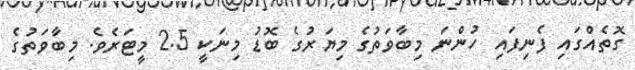
ގޮތެއްގައި ފެނިފައި ހުންނަ މިބާވަތުގެ މިޔަރުގެ ބޮޑު މިނަކީ 2.5 މީޓަރެވެ. މިބާވަތުގެ